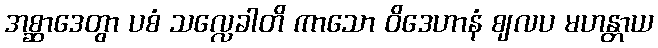
အစ္ဆာဒေတွာ ပစံ သလ္လေခါတိ ကာသော ဝိဒေဟာနံ ဈလပ မဟန္တာယ